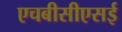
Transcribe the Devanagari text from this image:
एचबीसीएसई